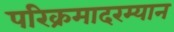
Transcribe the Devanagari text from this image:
परिक्रमादरम्यान